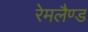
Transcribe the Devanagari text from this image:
रेमलैण्ड